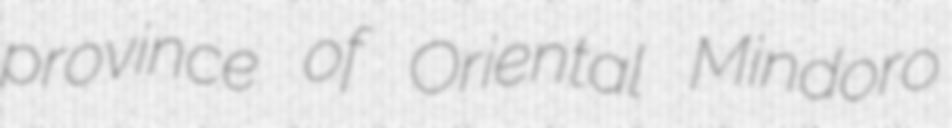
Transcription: province of Oriental Mindoro